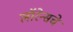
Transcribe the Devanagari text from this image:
लॉरेन्सचे